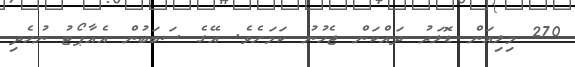
270 މިލިއަން ޑޮލަރު ދައްކަން ޖެހުނު ކަމަށެވެ. އޭގެ ސަބަބުން އެއާޕޯޓު ނުހެދި